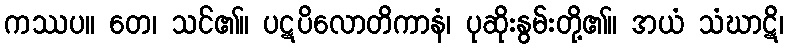
ကဿပ။ တေ၊ သင်၏။ ပဋပိလောတိကာနံ၊ ပုဆိုးနွမ်းတို့၏။ အယံ သံဃာဋိ၊